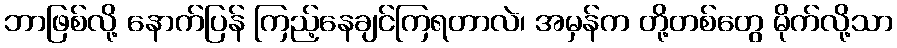
ဘာဖြစ်လို့ နောက်ပြန် ကြည့်နေချင်ကြရတာလဲ၊ အမှန်က တို့တစ်တွေ မိုက်လို့သာ